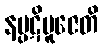
နပ္ပဋိပူဇေတိ